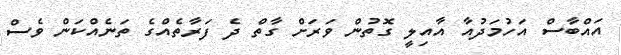
އައްބާސް އަހުމަދުއާ އާއިލީ ގޮތުން ވަރަށް ގާތް ދެ ފަރާތެއްގެ ތަނެއްކަން ވެސް